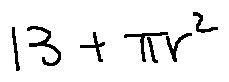
1 3 + \pi r ^ { 2 }